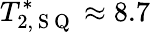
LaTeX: T_{2,\mathrm{~S~Q~}}^{*}\approx 8.7